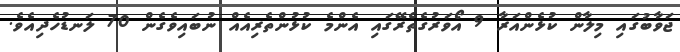
ޖަވާބުގައި މިލާން ކުޅެންއަރާ 9 އޯވަރުގެތެރޭގައި އެންމެ ކުޅުންތެރިއެއް ނުބައިވެގެން 70 ލަނޑުހެދިއެވެ.